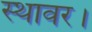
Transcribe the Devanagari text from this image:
स्थावर।